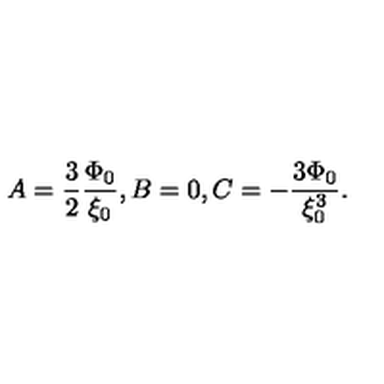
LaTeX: A = \frac { 3 } { 2 } \frac { \Phi _ { 0 } } { \xi _ { 0 } } , B = 0 , C = - \frac { 3 \Phi _ { 0 } } { \xi _ { 0 } ^ { 3 } } .